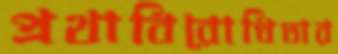
প্রথাবিরোধিতার